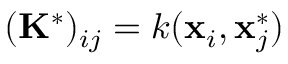
( \mathbf { K } ^ { * } ) _ { i j } = k ( \mathbf { x } _ { i } , \mathbf { x } _ { j } ^ { * } )